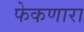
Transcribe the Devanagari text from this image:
फेकणारा